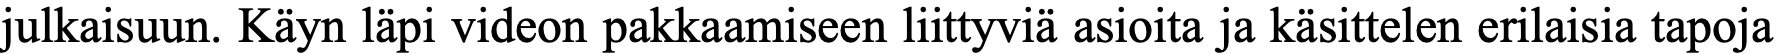
julkaisuun. Käyn läpi videon pakkaamiseen liittyviä asioita ja käsittelen erilaisia tapoja